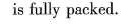
is fully pucked.